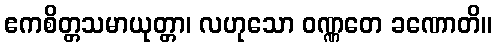
ဧကစိတ္တသမာယုတ္တာ၊ လဟုသော ဝဏ္ဏတေ ခဏောတိ။